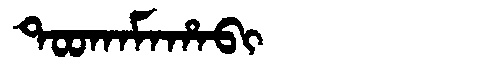
Manchu: ᡨᠣᠣᡴᠠᠮᠠᡥᠠᠪᡳ
Romanization: TOOKAMAHABI